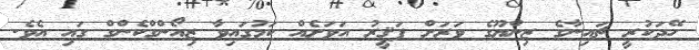
ހޭދަކުރީ ޗައިނާގެ ޒިންޔޫގެ ވަރަށް ފަޤީރު އަވަށެއް ކަމުގައިވާ ޒިއޯންގްކެންގް ގައި އެވެ.